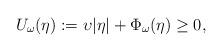
LaTeX: \begin{align*} U_{\omega}(\eta):=\upsilon|\eta|+\Phi_{\omega}(\eta)\ge 0,\end{align*}